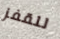
للقفز